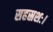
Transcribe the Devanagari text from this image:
सहस्रशः।